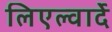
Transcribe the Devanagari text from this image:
लिएल्वार्दे